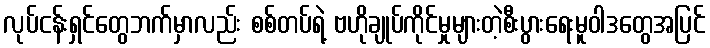
လုပ်ငန်းရှင်တွေဘက်မှာလည်း စစ်တပ်ရဲ့ ဗဟိုချုပ်ကိုင်မှုများတဲ့စီးပွားရေးမူဝါဒတွေအပြင်